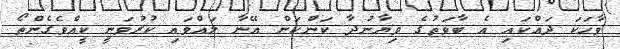
ވާހަކަ ދައްކައި އެ ބާވަތުގެ ވިޔާނުދާ ކަންކަން އޭނާ ލައްވައި ކުރުވަނީ ކީއްވެގެންތޯ